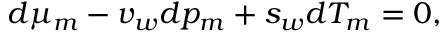
d \mu _ { m } - v _ { w } d p _ { m } + s _ { w } d T _ { m } = 0 ,